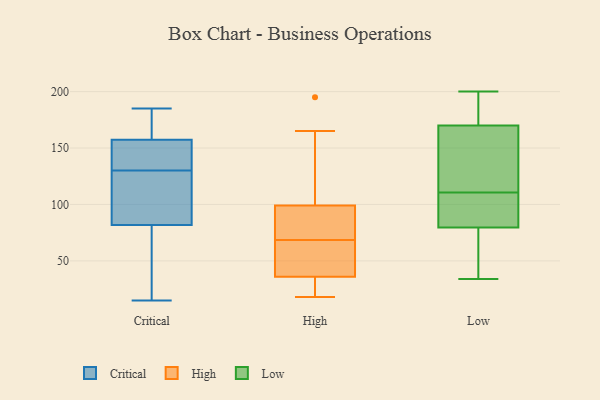
{"axis": {"x": "Gross Profit (USD K)", "y": "Value"}, "legend": ["Critical", "High", "Low"], "data": [{"x": "", "y": 130, "type": "Critical"}, {"x": "", "y": 119, "type": "Critical"}, {"x": "", "y": 171, "type": "Critical"}, {"x": "", "y": 22, "type": "Critical"}, {"x": "", "y": 131, "type": "Critical"}, {"x": "", "y": 42, "type": "Critical"}, {"x": "", "y": 141, "type": "Critical"}, {"x": "", "y": 113, "type": "Critical"}, {"x": "", "y": 142, "type": "Critical"}, {"x": "", "y": 103, "type": "Critical"}, {"x": "", "y": 15, "type": "Critical"}, {"x": "", "y": 158, "type": "Critical"}, {"x": "", "y": 170, "type": "Critical"}, {"x": "", "y": 35, "type": "Critical"}, {"x": "", "y": 185, "type": "Critical"}, {"x": "", "y": 157, "type": "Critical"}, {"x": "", "y": 95, "type": "Critical"}, {"x": "", "y": 41, "type": "High"}, {"x": "", "y": 165, "type": "High"}, {"x": "", "y": 94, "type": "High"}, {"x": "", "y": 99, "type": "High"}, {"x": "", "y": 59, "type": "High"}, {"x": "", "y": 18, "type": "High"}, {"x": "", "y": 164, "type": "High"}, {"x": "", "y": 32, "type": "High"}, {"x": "", "y": 157, "type": "High"}, {"x": "", "y": 33, "type": "High"}, {"x": "", "y": 31, "type": "High"}, {"x": "", "y": 41, "type": "High"}, {"x": "", "y": 90, "type": "High"}, {"x": "", "y": 74, "type": "High"}, {"x": "", "y": 195, "type": "High"}, {"x": "", "y": 36, "type": "High"}, {"x": "", "y": 76, "type": "High"}, {"x": "", "y": 63, "type": "High"}, {"x": "", "y": 114, "type": "Low"}, {"x": "", "y": 164, "type": "Low"}, {"x": "", "y": 76, "type": "Low"}, {"x": "", "y": 117, "type": "Low"}, {"x": "", "y": 84, "type": "Low"}, {"x": "", "y": 67, "type": "Low"}, {"x": "", "y": 200, "type": "Low"}, {"x": "", "y": 192, "type": "Low"}, {"x": "", "y": 198, "type": "Low"}, {"x": "", "y": 34, "type": "Low"}, {"x": "", "y": 176, "type": "Low"}, {"x": "", "y": 99, "type": "Low"}, {"x": "", "y": 77, "type": "Low"}, {"x": "", "y": 107, "type": "Low"}, {"x": "", "y": 82, "type": "Low"}, {"x": "", "y": 153, "type": "Low"}]}